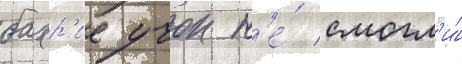
бахр'ие учок н'е́ смогл'и́